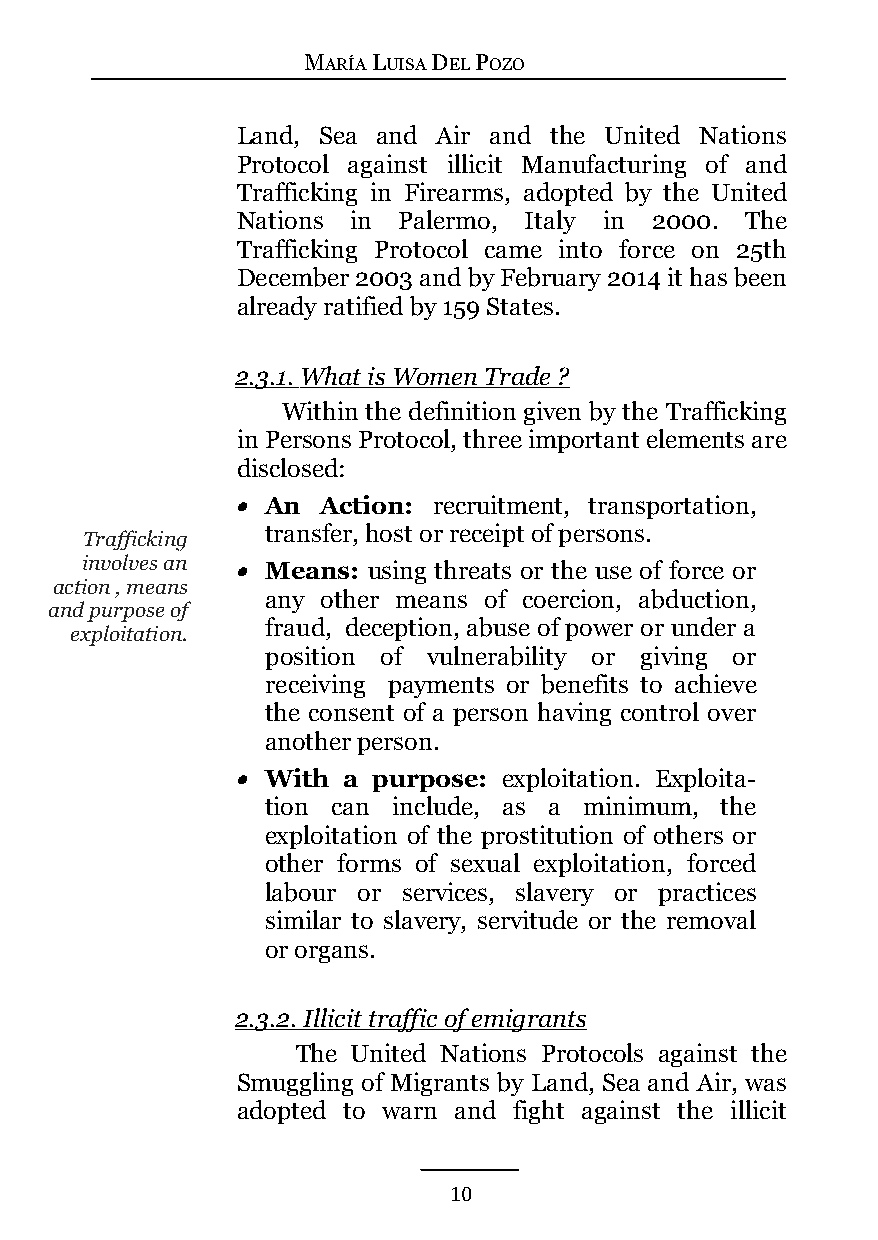
MARÍA LUISA DEL POZO
 Land, Sea and Air and the United Nations
 Protocol against illicit Manufacturing of and
 Trafficking in Firearms, adopted by the United
 Nations in Palermo, Italy in 2000. The
 Trafficking Protocol came into force on 25th
 December 2003 and by February 2014 it has been
 already ratified by 159 States.
 2.3.1 . What is Women Trade ?
 Within the definition given by the Trafficking
 in Persons Protocol, three important elements are
 disclosed:
   An Action: recruitment, transportation,
 transfer, host or receipt of persons.
 Trafficking
 involves an  Means: using threats or the use of force or
 action , means
 any other means of coercion, abduction,
 and purpose of
 fraud, deception, abuse of power or under a
 exploitation.
 position of vulnerability or giving or
 receiving payments or benefits to achieve
 the consent of a person having control over
 another person.
   With a purpose: exploitation. Exploita-
 tion can include, as a minimum, the
 exploitation of the prostitution of others or
 other forms of sexual exploitation, forced
 labour or services, slavery or practices
 similar to slavery, servitude or the removal
 or organs.
 2.3.2 . Illicit traffic of emigrants
 The United Nations Protocols against the
 Smuggling of Migrants by Land, Sea and Air, was
 adopted to warn and fight against the illicit
 10